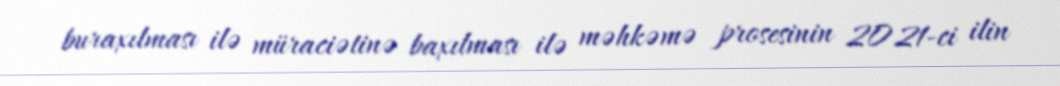
buraxılması ilə müraciətinə baxılması ilə məhkəmə prosesinin 2021-ci ilin